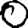
Digit: 0